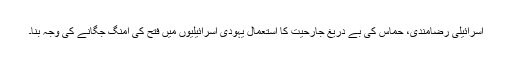
اسرائیلی رضامندی، حماس کی بے دریغ جارحیت کا استعمال یہودی اسرائیلیوں میں فتح کی امنگ جگانے کی وجہ بنا۔